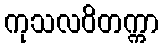
ကုသလဝိတက္ကာ